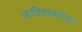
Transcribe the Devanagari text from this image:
कवितांबरोबर